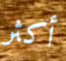
أكثر